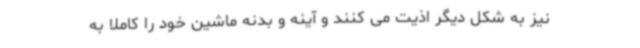
نیز به شکل دیگر اذیت می کنند و آینه و بدنه ماشین خود را کاملا به